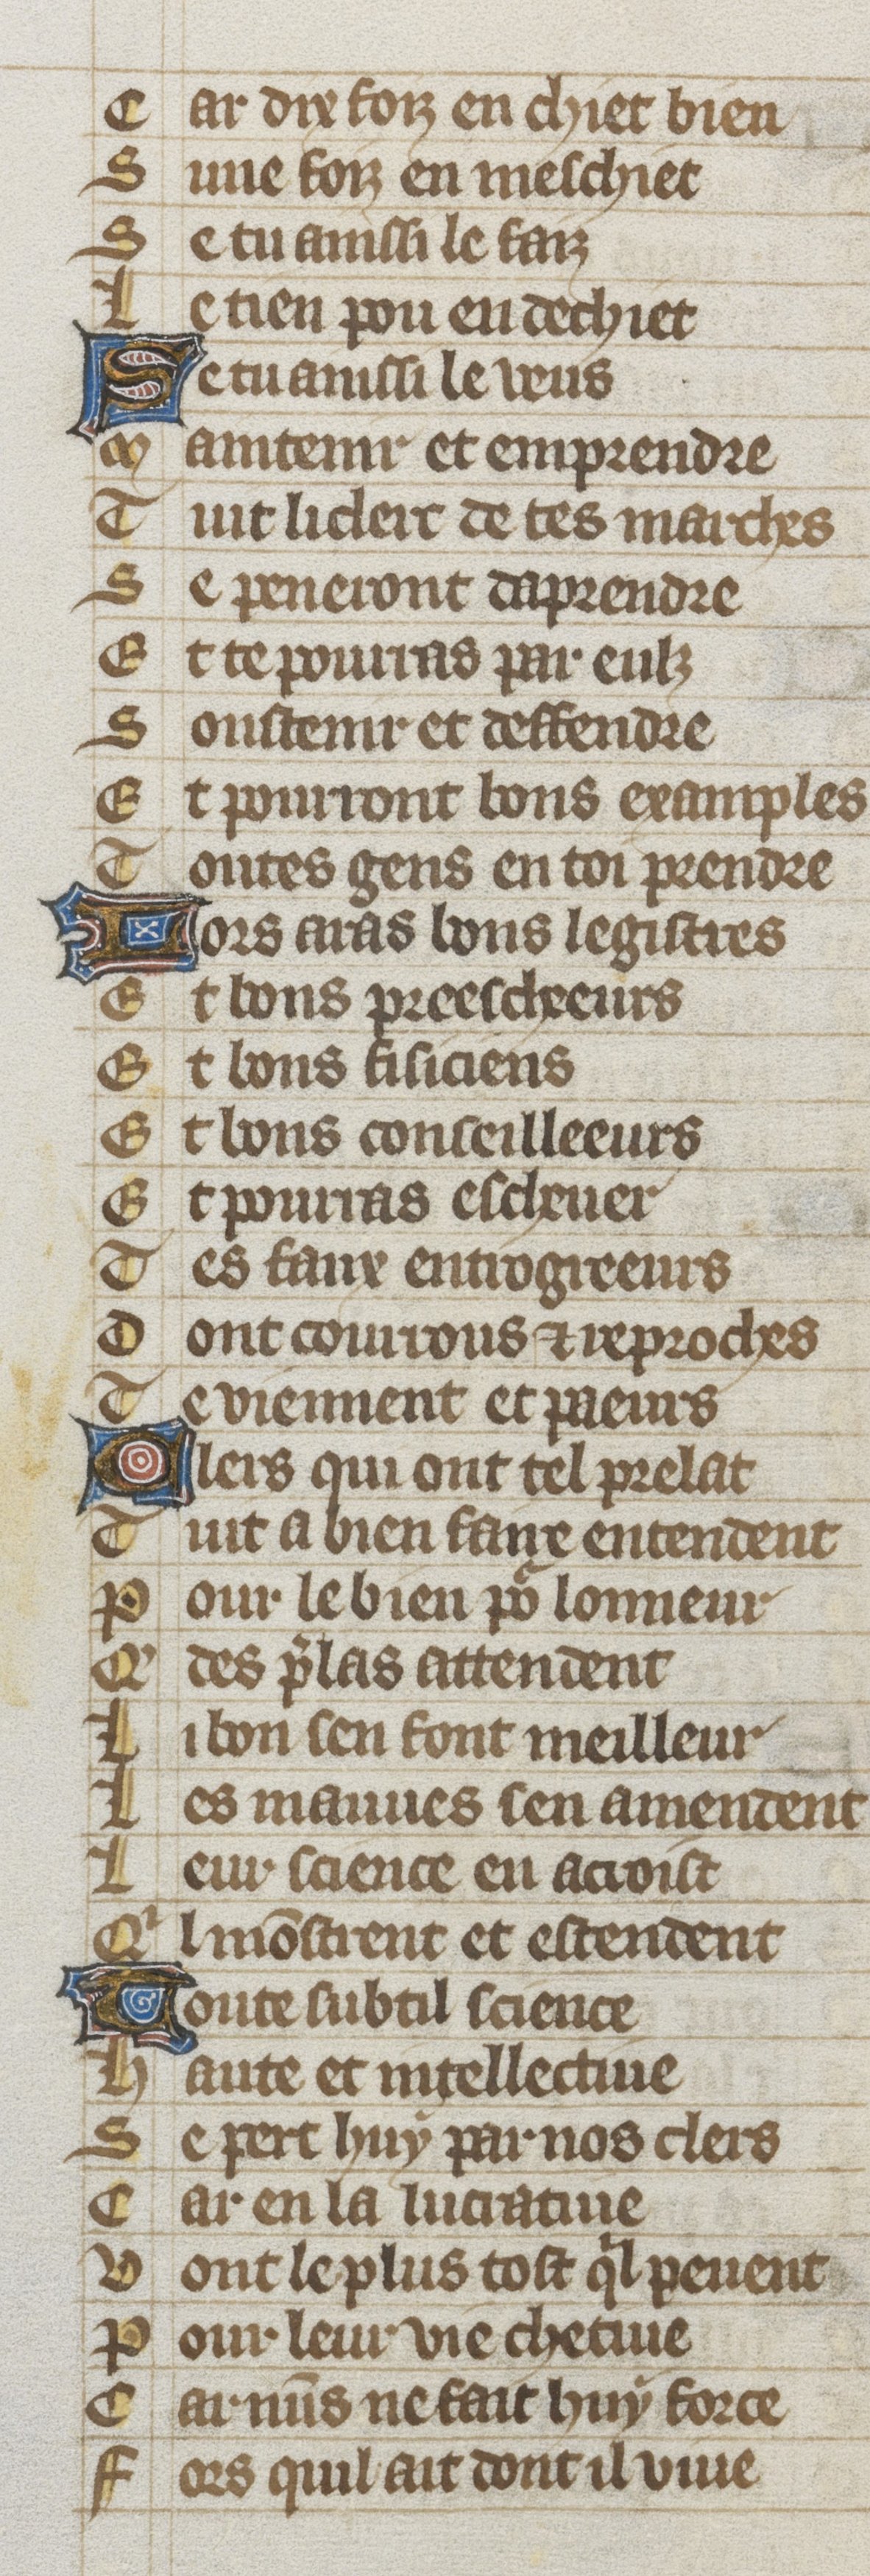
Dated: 1353–1353